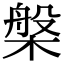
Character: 槃